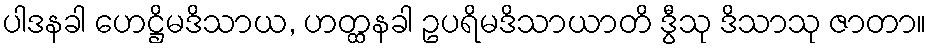
ပါဒနခါ ဟေဋ္ဌိမဒိသာယ, ဟတ္ထနခါ ဥပရိမဒိသာယာတိ ဒွီသု ဒိသာသု ဇာတာ။